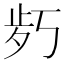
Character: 𱥍